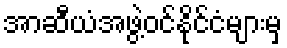
အာဆီယံအဖွဲ့ဝင်နိုင်ငံများမှ